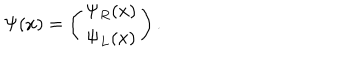
\Psi ( x ) = \left( \begin{array} { c } { { \Psi _ { R } ( x ) } } \\ { { \Psi _ { L } ( x ) } } \\ \end{array} \right) .